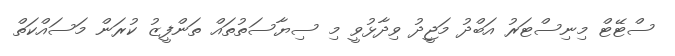
ސްޓޭޓް މިނިސްޓަރު އަބްދު މަޖީދު ވިދާޅުވީ މި ސިޔާސަތުތައް ތަންފީޒު ކުރަން މަސައްކަތް